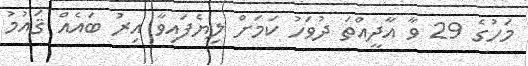
މަހުގެ 29 ވާ އާދީއްތަ ދުވަހު ކަމަށް ލިޔެފައިވާ އިރު ބައެއް ޤައުމު